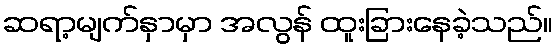
ဆရာ့မျက်နှာမှာ အလွန် ထူးခြားနေခဲ့သည်။